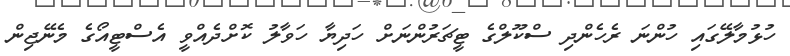
ހުޅުމާލޭގައި ހުންނަ ރެހެންދި ސްކޫލްގެ ޓީޗަރުންނަށް ހަދިޔާ ހަވާލު ކޮށްދެއްވީ އެސްޓީއޯގެ މެނޭޖިން